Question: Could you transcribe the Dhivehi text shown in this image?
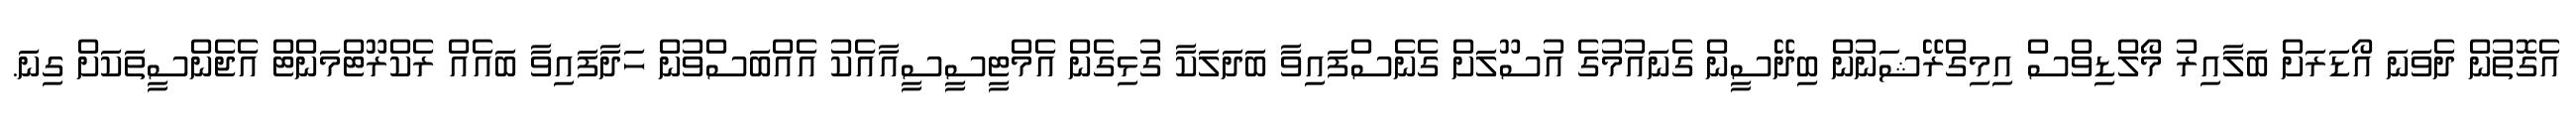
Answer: އެގޮތުން ދެވަނަ އޯޑަރަށް ބަލާއިރު މޯލްޑިވްސް އިމިގްރޭޝަނުން ބިދޭސީން ގެނައުމުގެ އުސޫލަށް ގެނެސްފައިވާ ބަދަލަކާ ގުޅިގެން އެމްޓީސީސީއާއެކު އެއްބަސްވުން ހަދާފައިވާ ބައެއް ރެކްރޫޓްމަންޓް އެޖެންސީތަކަށް ގިނަ.